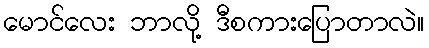
မောင်လေး ဘာလို့ ဒီစကားပြောတာလဲ။